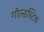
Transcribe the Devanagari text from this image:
गोल्डस्टिक